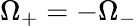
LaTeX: \Omega_{+}=-\Omega_{-}